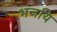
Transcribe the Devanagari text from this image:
भजयि